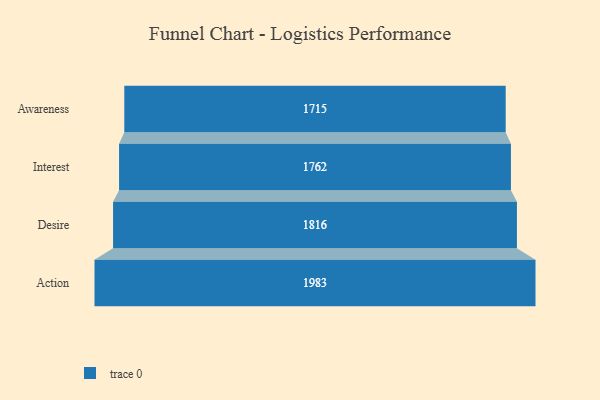
{"axis": {"x": "Stage", "y": "Value"}, "legend": [""], "data": [{"x": "Awareness", "y": 1715.0, "type": ""}, {"x": "Interest", "y": 1762.0, "type": ""}, {"x": "Desire", "y": 1816.0, "type": ""}, {"x": "Action", "y": 1983.0, "type": ""}]}